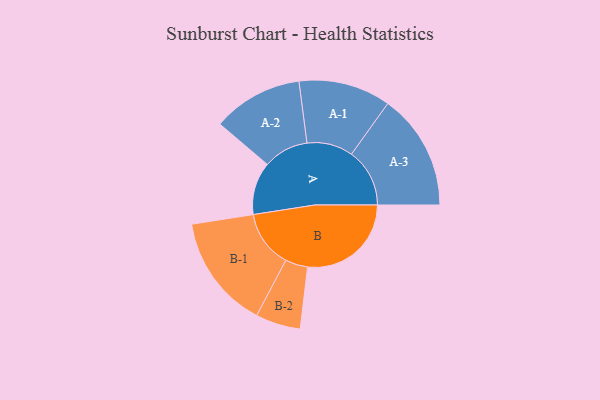
{"axis": {"x": "Segment", "y": "Value"}, "legend": ["", "A", "B"], "data": [{"x": "A", "y": 239, "type": ""}, {"x": "B", "y": 470, "type": ""}, {"x": "A-1", "y": 209, "type": "A"}, {"x": "A-2", "y": 205, "type": "A"}, {"x": "A-3", "y": 264, "type": "A"}, {"x": "B-1", "y": 259, "type": "B"}, {"x": "B-2", "y": 102, "type": "B"}]}